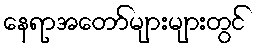
နေရာအတော်များများတွင်